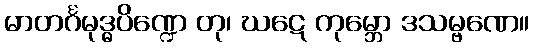
မာတင်္ဂမုဒ္ဓပိဏ္ဍေ တု၊ ဃဋေ ကုမ္ဘော ဒသမ္ဗဏေ။